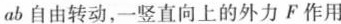
ab自由转动，一竖直向上的外力F作用